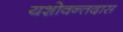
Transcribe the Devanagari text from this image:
यशोवन्तदास